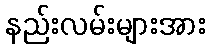
နည်းလမ်းများအား